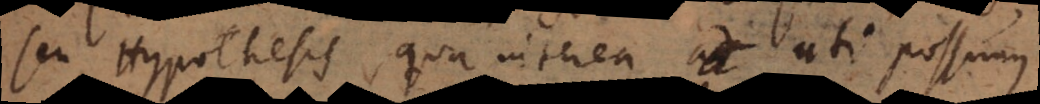
seu Hypothesis, qua interea uti possumus